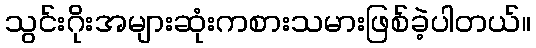
သွင်းဂိုးအများဆုံးကစားသမားဖြစ်ခဲ့ပါတယ်။